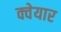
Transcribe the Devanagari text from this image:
क्वेयार